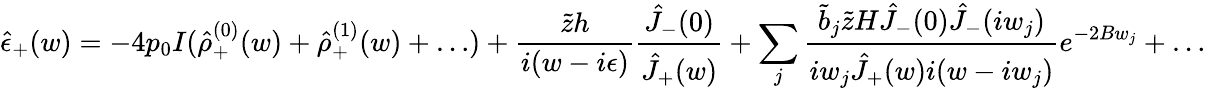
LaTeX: \hat{\epsilon}_{+}(w)=-4p_{0}I(\hat{\rho}_{+}^{(0)}(w)+\hat{\rho}_{+}^{(1)}(w)+\dots)+\frac{\tilde{z}h}{i(w-i\epsilon)}\frac{\hat{J}_{-}(0)}{\hat{J}_{+}(w)}+\sum_{j}\frac{\tilde{b}_{j}\tilde{z}H\hat{J}_{-}(0)\hat{J}_{-}(iw_{j})}{iw_{j}\hat{J}_{+}(w)i(w-iw_{j})}e^{-2Bw_{j}}+\dots